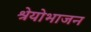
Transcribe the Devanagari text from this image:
श्रेयोभाजन